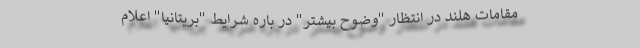
مقامات هلند در انتظار "وضوح بیشتر" در باره شرایط "بریتانیا" اعلام